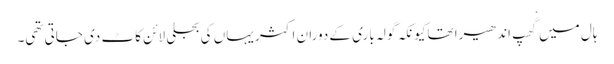
ہال میں گْھپ اندھیرا تھاکیونکہ گولہ باری کے دوران اکثر یہاں کی بجلی لائن کاٹ دی جاتی تھی۔